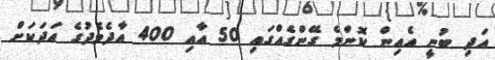
އަދި ބުނީ އެއިން ކޮންމެ ގޭންގެއްގައި 50 އާއި 400 އާދެމެދުގެ އަދަކަށް